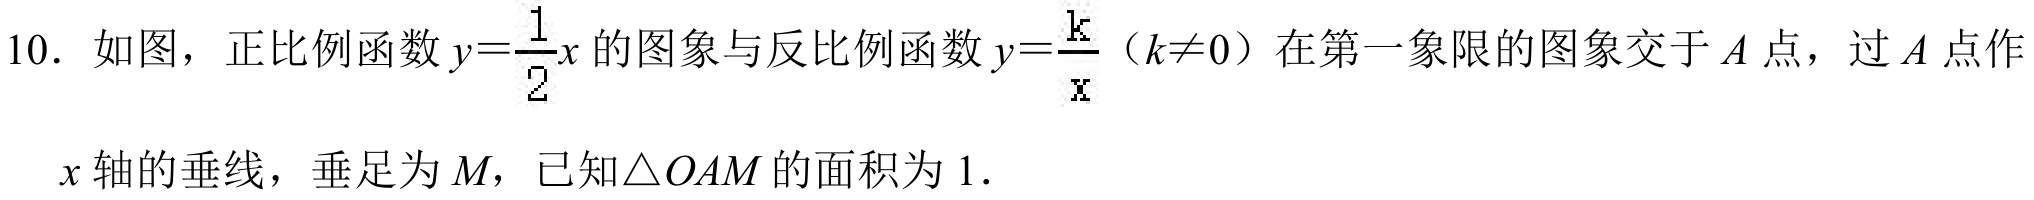
10. 如图，正比例函数\(y = \dfrac{1}{2}x\)的图象与反比例函数\(y = \dfrac{k}{x}\)（\(k\neq0\)）在第一象限的图象交于\(A\)点，过\(A\)点作
\(x\)轴的垂线，垂足为\(M\)，已知\(\triangle OAM\)的面积为\(1\).